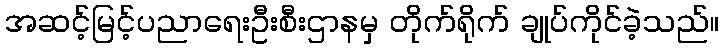
အဆင့်မြင့်ပညာရေးဦးစီးဌာနမှ တိုက်ရိုက် ချုပ်ကိုင်ခဲ့သည်။